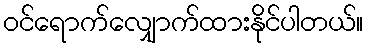
ဝင်ရောက်လျှောက်ထားနိုင်ပါတယ်။